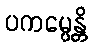
ပကမ္ပေန္တိ